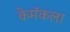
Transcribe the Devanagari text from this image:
केमॅकला